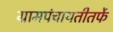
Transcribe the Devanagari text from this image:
ग्रामपंचायतीतर्फे